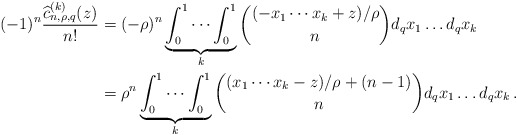
\begin{align*} (-1)^n\frac{\widehat c_{n,\rho,q}^{(k)}(z)}{n!}&=(-\rho)^n\underbrace{\int_0^1\cdots\int_0^1}_k\binom{(-x_1\cdots x_k+z)/\rho}{n}d_q x_1\dots d_q x_k\\&=\rho^n\underbrace{\int_0^1\cdots\int_0^1}_k\binom{(x_1\cdots x_k-z)/\rho+(n-1)}{n}d_q x_1\dots d_q x_k\,.\end{align*}